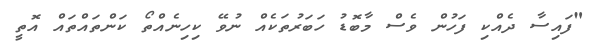
"ފައިސާ ދެއްކި ފަހުން ވެސް މާބޮޑު ހަބަރުތަކެއް ނުވޭ ކިހިނެއްތޯ ކަންތައްތައް އޮތީ